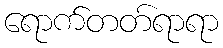
ရောက်တတ်ရာရာ